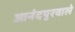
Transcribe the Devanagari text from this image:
आनंदपुरवाले